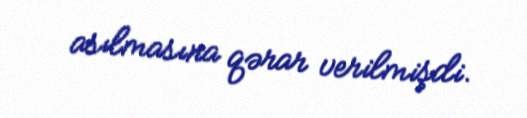
asılmasına qərar verilmişdi.